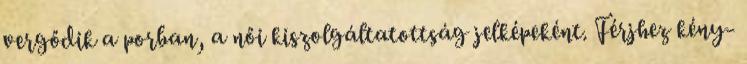
vergődik a porban, a női kiszolgáltatottság jelképeként. Férjhez kény-